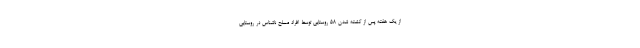
از یک هفته پس از کشته شدن ۵۸ روستایی توسط افراد مسلح ناشناس در روستایی